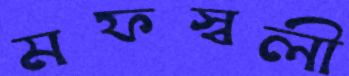
মফস্বলী